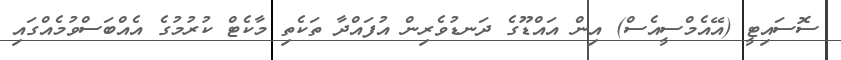
ސޮސައިޓީ (އޭއެމްސީއެސް) އިން އައްޑޫގެ ދަނޑުވެރިން އުފައްދާ ތަކެތި މާކެޓް ކުރުމުގެ އެއްބަސްވުމެއްގައި